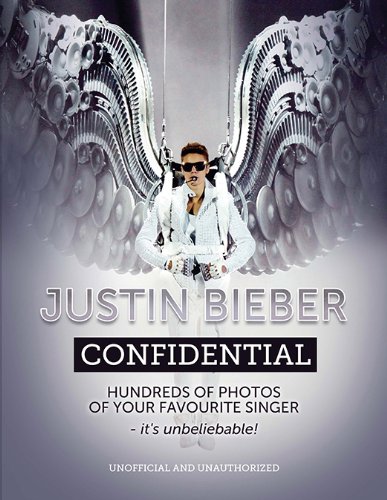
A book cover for Justin Bieber Confidential; Robert Scott; Children's Books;